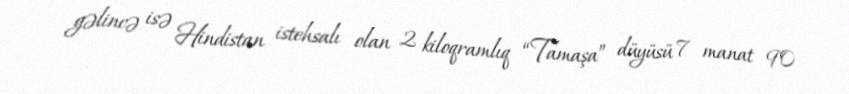
gəlincə isə Hindistan istehsalı olan 2 kiloqramlıq “Tamaşa” düyüsü 7 manat 90